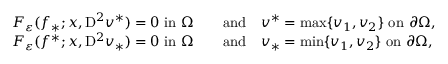
\begin{array} { r l } { F _ { \varepsilon } ( f _ { * } ; x , \mathrm { D } ^ { 2 } v ^ { * } ) = 0 \mathrm { ~ i n ~ } \Omega \quad } & { \mathrm { a n d } \quad v ^ { * } = \operatorname* { m a x } \{ v _ { 1 } , v _ { 2 } \} \mathrm { ~ o n ~ } \partial \Omega , } \\ { F _ { \varepsilon } ( f ^ { * } ; x , \mathrm { D } ^ { 2 } v _ { * } ) = 0 \mathrm { ~ i n ~ } \Omega \quad } & { \mathrm { a n d } \quad v _ { * } = \operatorname* { m i n } \{ v _ { 1 } , v _ { 2 } \} \mathrm { ~ o n ~ } \partial \Omega , } \end{array}